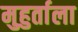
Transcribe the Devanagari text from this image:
मुहुर्ताला